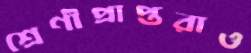
শ্রেণীপ্রাপ্তরাও